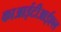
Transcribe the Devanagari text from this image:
काआईटीआईएल